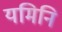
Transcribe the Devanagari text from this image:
यमिनि